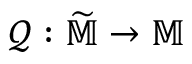
\mathcal { Q } : \widetilde { \mathbb { M } } \rightarrow \mathbb { M }